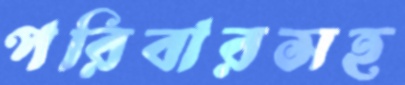
পরিবারসহ